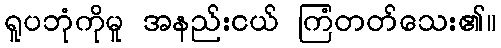
ရူပဘုံကိုမူ အနည်းငယ် ကြံတတ်သေး၏။